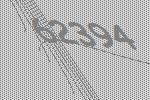
62394